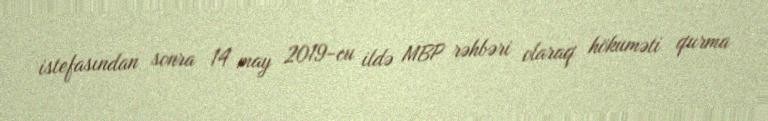
istefasından sonra 14 may 2019-cu ildə MBP rəhbəri olaraq hökuməti qurma